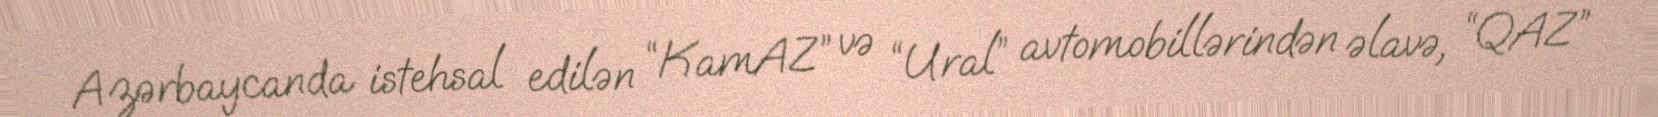
Azərbaycanda istehsal edilən “KamAZ” və “Ural” avtomobillərindən əlavə, “QAZ”